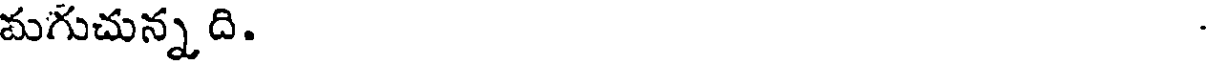
మగుచున్నది.